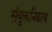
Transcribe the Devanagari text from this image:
संयुक्तनिकाय